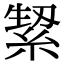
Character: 𮈛